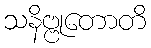
သနိဗ္ဗုတောတိ